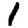
Digit: 1